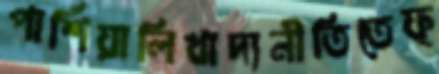
পার্শিয়ালিখাদ্যনীতিতেফ্